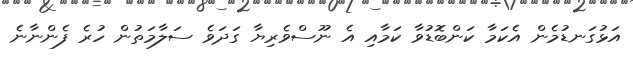
އަޅުގަނޑުމެން އެކަމާ ކަންބޮޑުވާ ކަމާއި އެ ނޫސްވެރިޔާ ގަދަވެ ސަލާމަތުން ހުރެ ފެންނާނެ